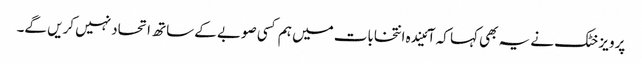
پرویز خٹک نے یہ بھی کہا کہ آئیندہ انتخابات میں ہم کسی صوبے کے ساتھ اتحاد نہیں کریں گے۔